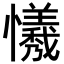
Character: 𢤻